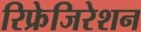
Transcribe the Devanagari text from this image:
रिफ्रेजिरेशन